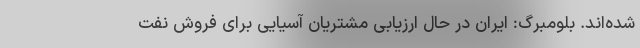
شده‌اند. بلومبرگ: ایران در حال ارزیابی مشتریان آسیایی برای فروش نفت